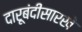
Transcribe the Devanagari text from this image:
दारूबंदीसारखे